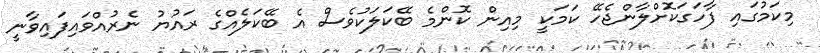
މިކަމުގައި ފާހަގަކޮށްލާންޖެހޭ ކަމަކީ މިއިން ކޮންމެ ބޭކަލަކުވެސް އެ ބޭކަލެއްގެ ރައުޔު ނެރުއްވައިފައިވާނީ